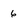
Character: 6